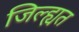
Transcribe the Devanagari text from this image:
जिल्ह्यत